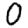
Digit: 0